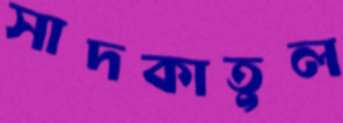
সাদকাতুল